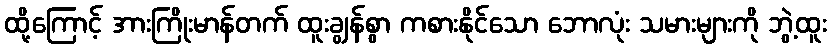
ထို့ကြောင့် အားကြိုးမာန်တက် ထူးချွန်စွာ ကစားနိုင်သော ဘောလုံး သမားများကို ဘွဲ့ထူး